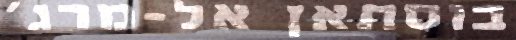
בוסתאן אל-מרג'